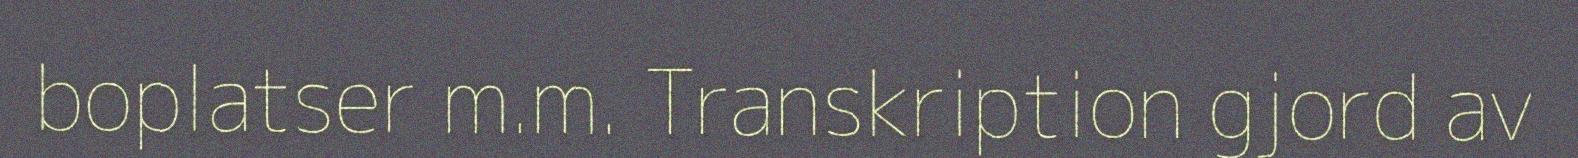
boplatser m.m. Transkription gjord av